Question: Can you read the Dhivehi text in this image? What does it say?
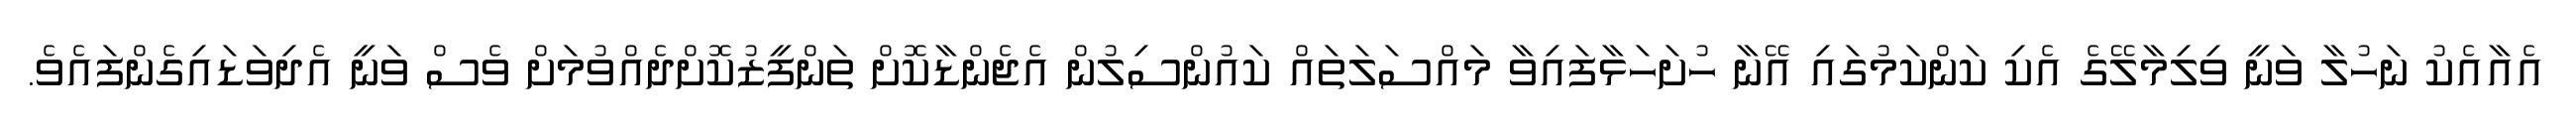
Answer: އެއާއެކު ނަހުލާ ވަނީ ވިލިމާލޭގެ އެކި ކަންކަމުގައި އޭނާ ހުށަހަޅާފައިވާ މައްސަލަތައް ކައުންސިލުން އެޖެންޑާކޮށް ތަންފީޒުކޮށްދެއްވުމަށް ވެސް ވަނީ އެދިވަޑައިގެންފައެވެ.